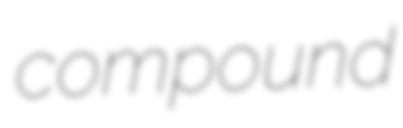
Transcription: compound